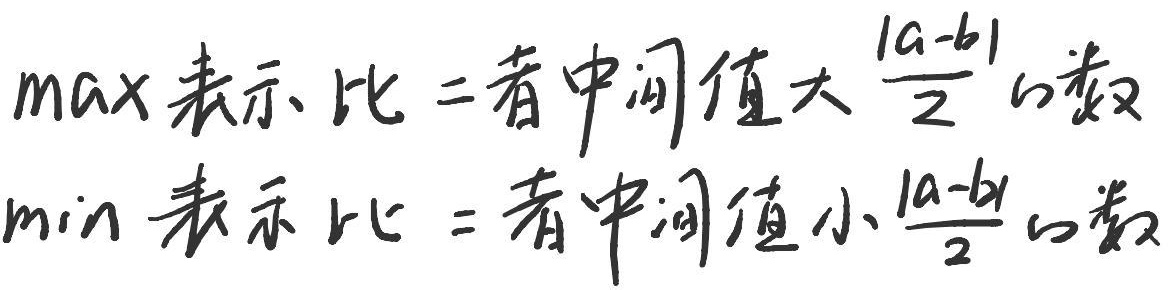
\(\max\)表示比二者中间值大\(\frac{|a - b|}{2}\)的数。
\(\min\)表示比二者中间值小\(\frac{|a - b|}{2}\)的数。